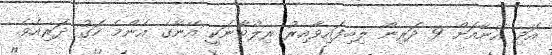
އަދި އޭނާއަށް 9 ދަރިން ލިބިފައިވާއިރު ރިލްވާނަކީ އޭނާގެ އެންމެ ހަގު ދަރިއެވެ.